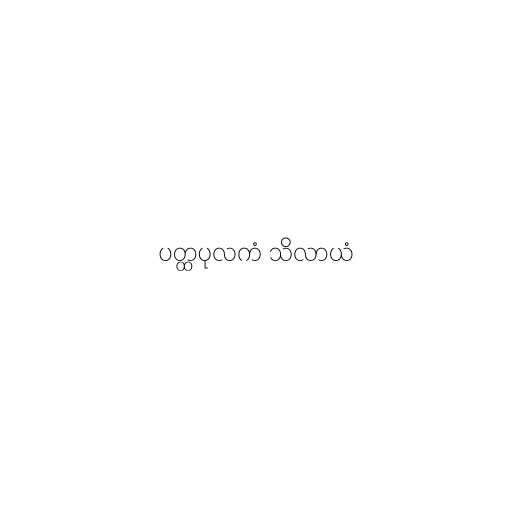
ပတ္ထပုလကံ သိလာယံ